Annual statistical returns and brief notes on vaccination in Bengal - 1909-1929
Year: 1909
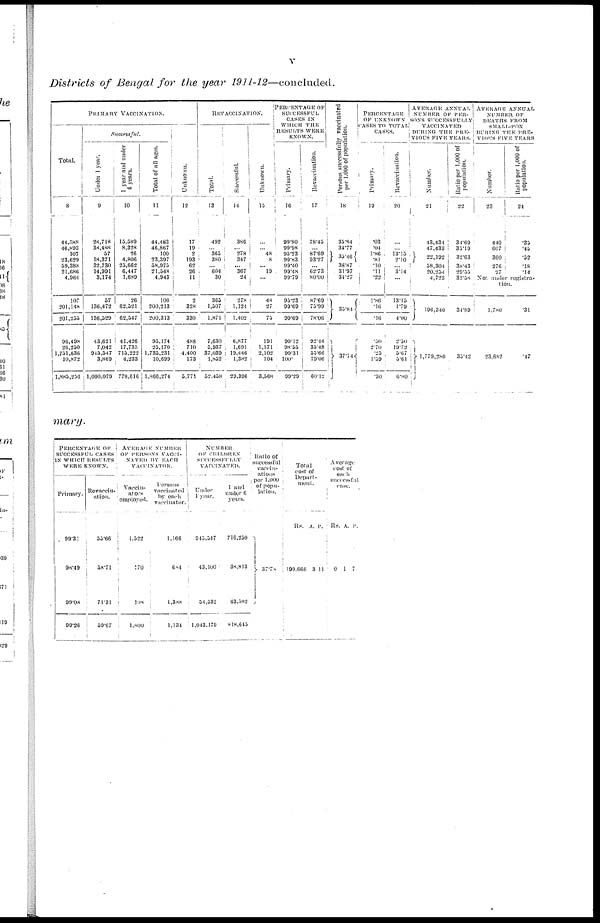
v
Districts of Bengal for the year 1911-12—concluded.
PRIMARY VACCINATION.
Total
8
44,588
46,893
107
23,629
50,388
21,686
4,964
107
201,148
201,255
96,498
26,250
1,751,636
10,872
1,885,256
Successful.
Under 1 year.
9
28,718
38,488
57
18,371
32,730
14,001
3,174
57
136,472
136,520
43,621
7,042
945,547
3,869
1,000,079
1 year and under
6 years.
10
15,589
8,328
26
4,806
25,662
6,447
1,689
26
62,521
62,547
41,426
17,735
715,222
4,233
778,616
Total of all ages.
11
44,483
46,867
100
23,397
58,975
21,548
4,943
100
200,213
200,313
95,174
25,170
1,735,231
10,699
1,866,274
Unknown.
12
17
19
2
193
62
26
11
2
328
330
488
710
4,400
173
5,771
REVACCINATION.
Total.
13
492
... 365
380
... 604
30
365
1,507
1,871
7,630
5,937
37,039
1,852
52,458
Successful.
14
386
...
278
347
... 367
24
278
1,124
1,402
6,877
1,691
19,446
1,382
29,396
Unknown.
15
...
... 48
8
... 10
...
48
27
75
191
1,171
2,102
104
3,568
PERCENTAGE OF
SUCCESSFUL
CASES IN
WHICH THE
RESULTS WERE
KNOWN.
Primary.
16
99.80
99.98
95.23
99.83
99.40
99.48
99.79
95.23
99.69
99.69
99.12
98.55
99.31
100.
99.29
Revaccination.
17
78.45
... 87.69
93.27
... 62.73
80.00
87.69
75.99
78.06
92.14
35.48
55.66
79.06
60.12
Persons successfully vaccinated
per 1,000 of population.
18
35.84
34.77
35.46
38.87
31.97
34.27
35.84
37.74
PERCENTAGE
OF UNKNOWN
CASES TO TOTAL
CASES.
Primary.
19
.03
.04
1.86
.81
.10
.11
.22
1.86
.16
.16
.50
2.70
.25
1.59
.30
Revaccination.
20
...
... 13.15
2.10
... 3.14
...
13.15
1.79
4.00
2.50
10.72
5.67
5.61
6.80
AVERAGE ANNUAL
NUMBER OF PER-
SONS SUCCESSFULLY
VACCINATED
DURING THE PRE-
VIOUS FIVE YEARS.
Number.
21
43,434
47,433
22,192
58,304
20,254
4,723
196,340
1,779,280
Ratio per 1,000 of
population.
22
34.69
35.19
32.63
38.43
29.55
32.58
34.89
35.42
AVERAGE ANNUAL
NUMBER OF
DEATHS FROM
SMALL-POX
DURING THE PRE-
VIOUS FIVE YEARS
Number.
23
440
607
360
276
97
Ratio per 1,000 of
population.
24
.35
.45
.52
.18
.14
Not under registra-
tion.
1,780
23,682
.31
.17
mary.
PERCENTAGE OF
SUCCESSFUL CASES
IN WHICH RESULTS
WERE KNOWN.
Primary.
99.31
98.49
99.08
99.26
Revaccin-
ation.
55.66
58.71
71.31
59.67
AVERAGE NUMBER
OF PERSONS VACCI-
NATED BY EACH
VACCINATOR.
Vaccin-
ators
employed.
1,522
170
108
1,800
Persons
vaccinated
by each
vaccinator.
1,166
684
1,388
1,134
NUMBER
OF CHILDREN
SUCCESSFULLY
VACCINATED.
Under
1 year.
945,547
43,100
34,552
1,043,179
1 and
under 6
years.
716,250
38,813
63,582
818,645
Ratio of
successful
vaccin-
ations
per 1,000
of popu-
lation.
37.70
Total
cost of
Depart-
ment.
Rs.
199,666
A.
3
P.
11
Average
cost of
each
successful
case.
Rs.
0
A.
1
P.
7